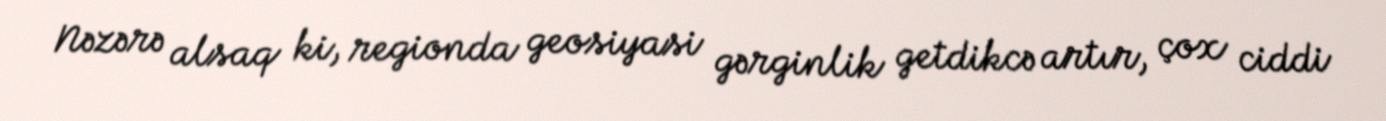
Nəzərə alsaq ki, regionda geosiyasi gərginlik getdikcə artır, çox ciddi